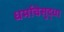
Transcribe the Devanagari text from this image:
धर्माचेसुद्धा